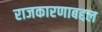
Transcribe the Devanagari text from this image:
राजकारणाबद्दल